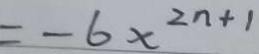
= - 6 x ^ { 2 n + 1 }